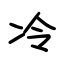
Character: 冷